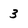
Character: 3